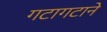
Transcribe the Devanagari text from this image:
गटागटाने